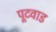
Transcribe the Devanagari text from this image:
पूटवाड